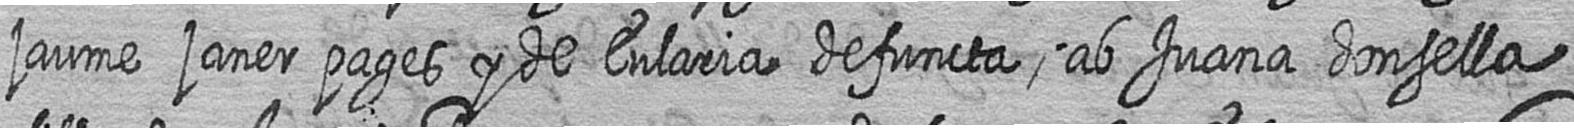
jaume janer pages y de Eularia defuncta ab Juana donsella